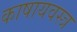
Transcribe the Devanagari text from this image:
काषायवस्त्र